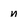
Character: n